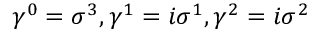
{ \gamma } ^ { 0 } = { \sigma } ^ { 3 } , { \gamma } ^ { 1 } = i { \sigma } ^ { 1 } , { \gamma } ^ { 2 } = i { \sigma } ^ { 2 }